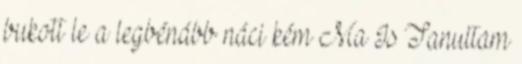
bukott le a legbénább náci kém Ma Is Tanultam